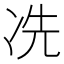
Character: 冼